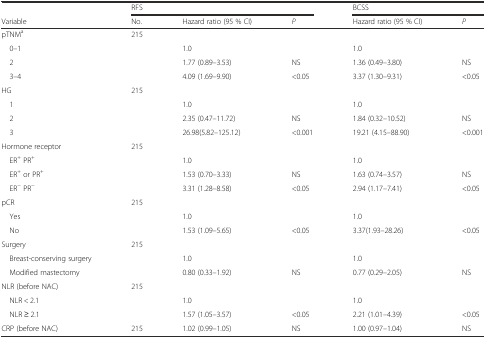
<table><thead><tr><td></td><td colspan="3"><b>RFS</b></td><td colspan="2"><b>BCSS</b></td></tr><tr><td><b>Variable</b></td><td><b>No.</b></td><td><b>Hazard ratio (95 % CI)</b></td><td><b><i>P</i></b></td><td><b>Hazard ratio (95 % CI)</b></td><td><b><i>P</i></b></td></tr></thead><tbody><tr><td>pTNM<sup>a</sup></td><td>215</td><td></td><td></td><td></td><td></td></tr><tr><td> 0–1</td><td></td><td>1.0</td><td></td><td>1.0</td><td></td></tr><tr><td> 2</td><td></td><td>1.77 (0.89–3.53)</td><td>NS</td><td>1.36 (0.49–3.80)</td><td>NS</td></tr><tr><td> 3–4</td><td></td><td>4.09 (1.69–9.90)</td><td>&lt;0.05</td><td>3.37 (1.30–9.31)</td><td>&lt;0.05</td></tr><tr><td>HG</td><td>215</td><td></td><td></td><td></td><td></td></tr><tr><td> 1</td><td></td><td>1.0</td><td></td><td>1.0</td><td></td></tr><tr><td> 2</td><td></td><td>2.35 (0.47–11.72)</td><td>NS</td><td>1.84 (0.32–10.52)</td><td>NS</td></tr><tr><td> 3</td><td></td><td>26.98(5.82–125.12)</td><td>&lt;0.001</td><td>19.21 (4.15–88.90)</td><td>&lt;0.001</td></tr><tr><td>Hormone receptor</td><td>215</td><td></td><td></td><td></td><td></td></tr><tr><td> ER<sup>+</sup> PR<sup>+</sup></td><td></td><td>1.0</td><td></td><td>1.0</td><td></td></tr><tr><td> ER<sup>+</sup> or PR<sup>+</sup></td><td></td><td>1.53 (0.70–3.33)</td><td>NS</td><td>1.63 (0.74–3.57)</td><td>NS</td></tr><tr><td> ER<sup>−</sup> PR<sup>−</sup></td><td></td><td>3.31 (1.28–8.58)</td><td>&lt;0.05</td><td>2.94 (1.17–7.41)</td><td>&lt;0.05</td></tr><tr><td>pCR</td><td>215</td><td></td><td></td><td></td><td></td></tr><tr><td> Yes</td><td></td><td>1.0</td><td></td><td>1.0</td><td></td></tr><tr><td> No</td><td></td><td>1.53 (1.09–5.65)</td><td>&lt;0.05</td><td>3.37(1.93–28.26)</td><td>&lt;0.05</td></tr><tr><td>Surgery</td><td>215</td><td></td><td></td><td></td><td></td></tr><tr><td> Breast-conserving surgery</td><td></td><td>1.0</td><td></td><td>1.0</td><td></td></tr><tr><td> Modified mastectomy</td><td></td><td>0.80 (0.33–1.92)</td><td>NS</td><td>0.77 (0.29–2.05)</td><td>NS</td></tr><tr><td>NLR (before NAC)</td><td>215</td><td></td><td></td><td></td><td></td></tr><tr><td> NLR &lt; 2.1</td><td></td><td>1.0</td><td></td><td>1.0</td><td></td></tr><tr><td> NLR ≥ 2.1</td><td></td><td>1.57 (1.05–3.57)</td><td>&lt;0.05</td><td>2.21 (1.01–4.39)</td><td>&lt;0.05</td></tr><tr><td>CRP (before NAC)</td><td>215</td><td>1.02 (0.99–1.05)</td><td>NS</td><td>1.00 (0.97–1.04)</td><td>NS</td></tr></tbody></table>